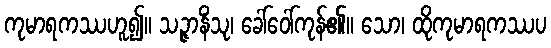
ကုမာရကဿဟူ၍။ သဉ္ဇာနိံသု၊ ခေါ်ဝေါ်ကုန်၏။ သော၊ ထိုကုမာရကဿပ